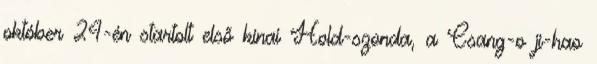
október 24-én startolt első kínai Hold-szonda, a Csang-o ji-hao